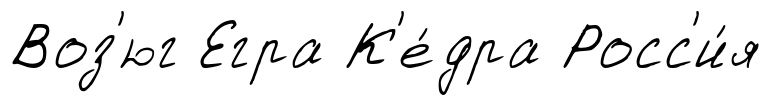
Воз'юг Егра К'е́дра Росс'и́я